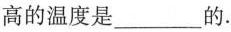
高的温度是______的.